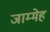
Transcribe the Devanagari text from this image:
जाम्मेह